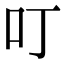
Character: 叮